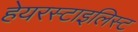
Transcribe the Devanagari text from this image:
हेयरस्टाइलिस्ट